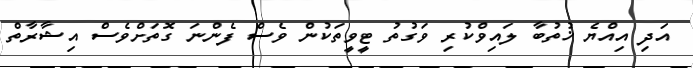
އަދި އިއްޔެ ޚުތުބާ ލައިވްކުރި ވަގުތު ޓީވީތަކުން ވެސް ފެންނަ ގޮތަށްވެސް އިޝާރާތް